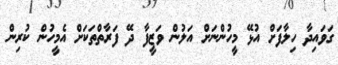
ގަވައިދާ ހިލާފަށް އުޅޭ މީހުންނަށް އަލުން ވަޒީފާ ދޭ ފަރާތްތަކަށް އެމީހުން ކުރިން